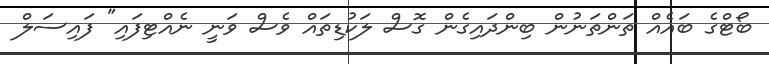
ބޯޓްގެ ބައެއް ތަންތަނުން ބިންދައިގެން ގޮސް ލަކުޑިތައް ވެސް ވަނީ ނެއްޓިފައި" ފައިސަލް